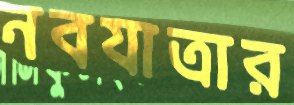
নবযাত্রার